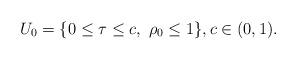
LaTeX: \begin{align*} U_0=\{0\leq\tau\leq c,\ \rho_0\leq 1\},c\in(0,1).\end{align*}